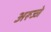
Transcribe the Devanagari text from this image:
अरूज्जे